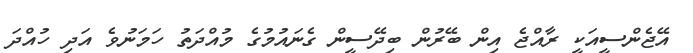
އޭޖެންސީއަކީ ރާއްޖެ އިން ބޭރުން ބިދޭސީން ގެނައުމުގެ މުއްދަތު ހަމަނުވެ އަދި ހުއްދަ